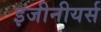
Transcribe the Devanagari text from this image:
इंजीनीयर्स